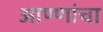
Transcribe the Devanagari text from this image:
आण्णांचा